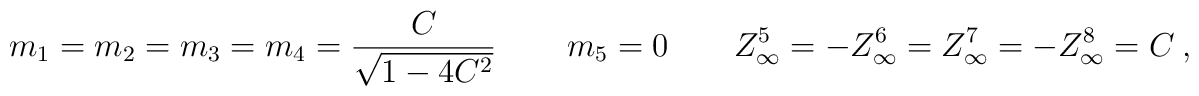
m_1 = m_2=m_3=m_4= {C\over \sqrt {1-4C^2}} \,   \qquad m_5=0 \qquad Z^5_\infty= - Z^6_\infty=Z^7_\infty=-Z^8_\infty=C \  ,